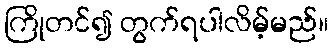
ကြိုတင်၍ တွက်ရပါလိမ့်မည်။